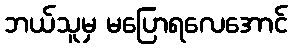
ဘယ်သူမှ မပြောရလေအောင်